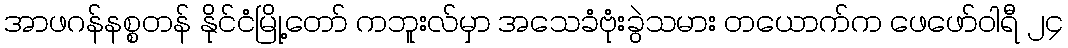
အာဖဂန်နစ္စတန် နိုင်ငံမြို့တော် ကဘူးလ်မှာ အသေခံဗုံးခွဲသမား တယောက်က ဖေဖော်ဝါရီ ၂၄